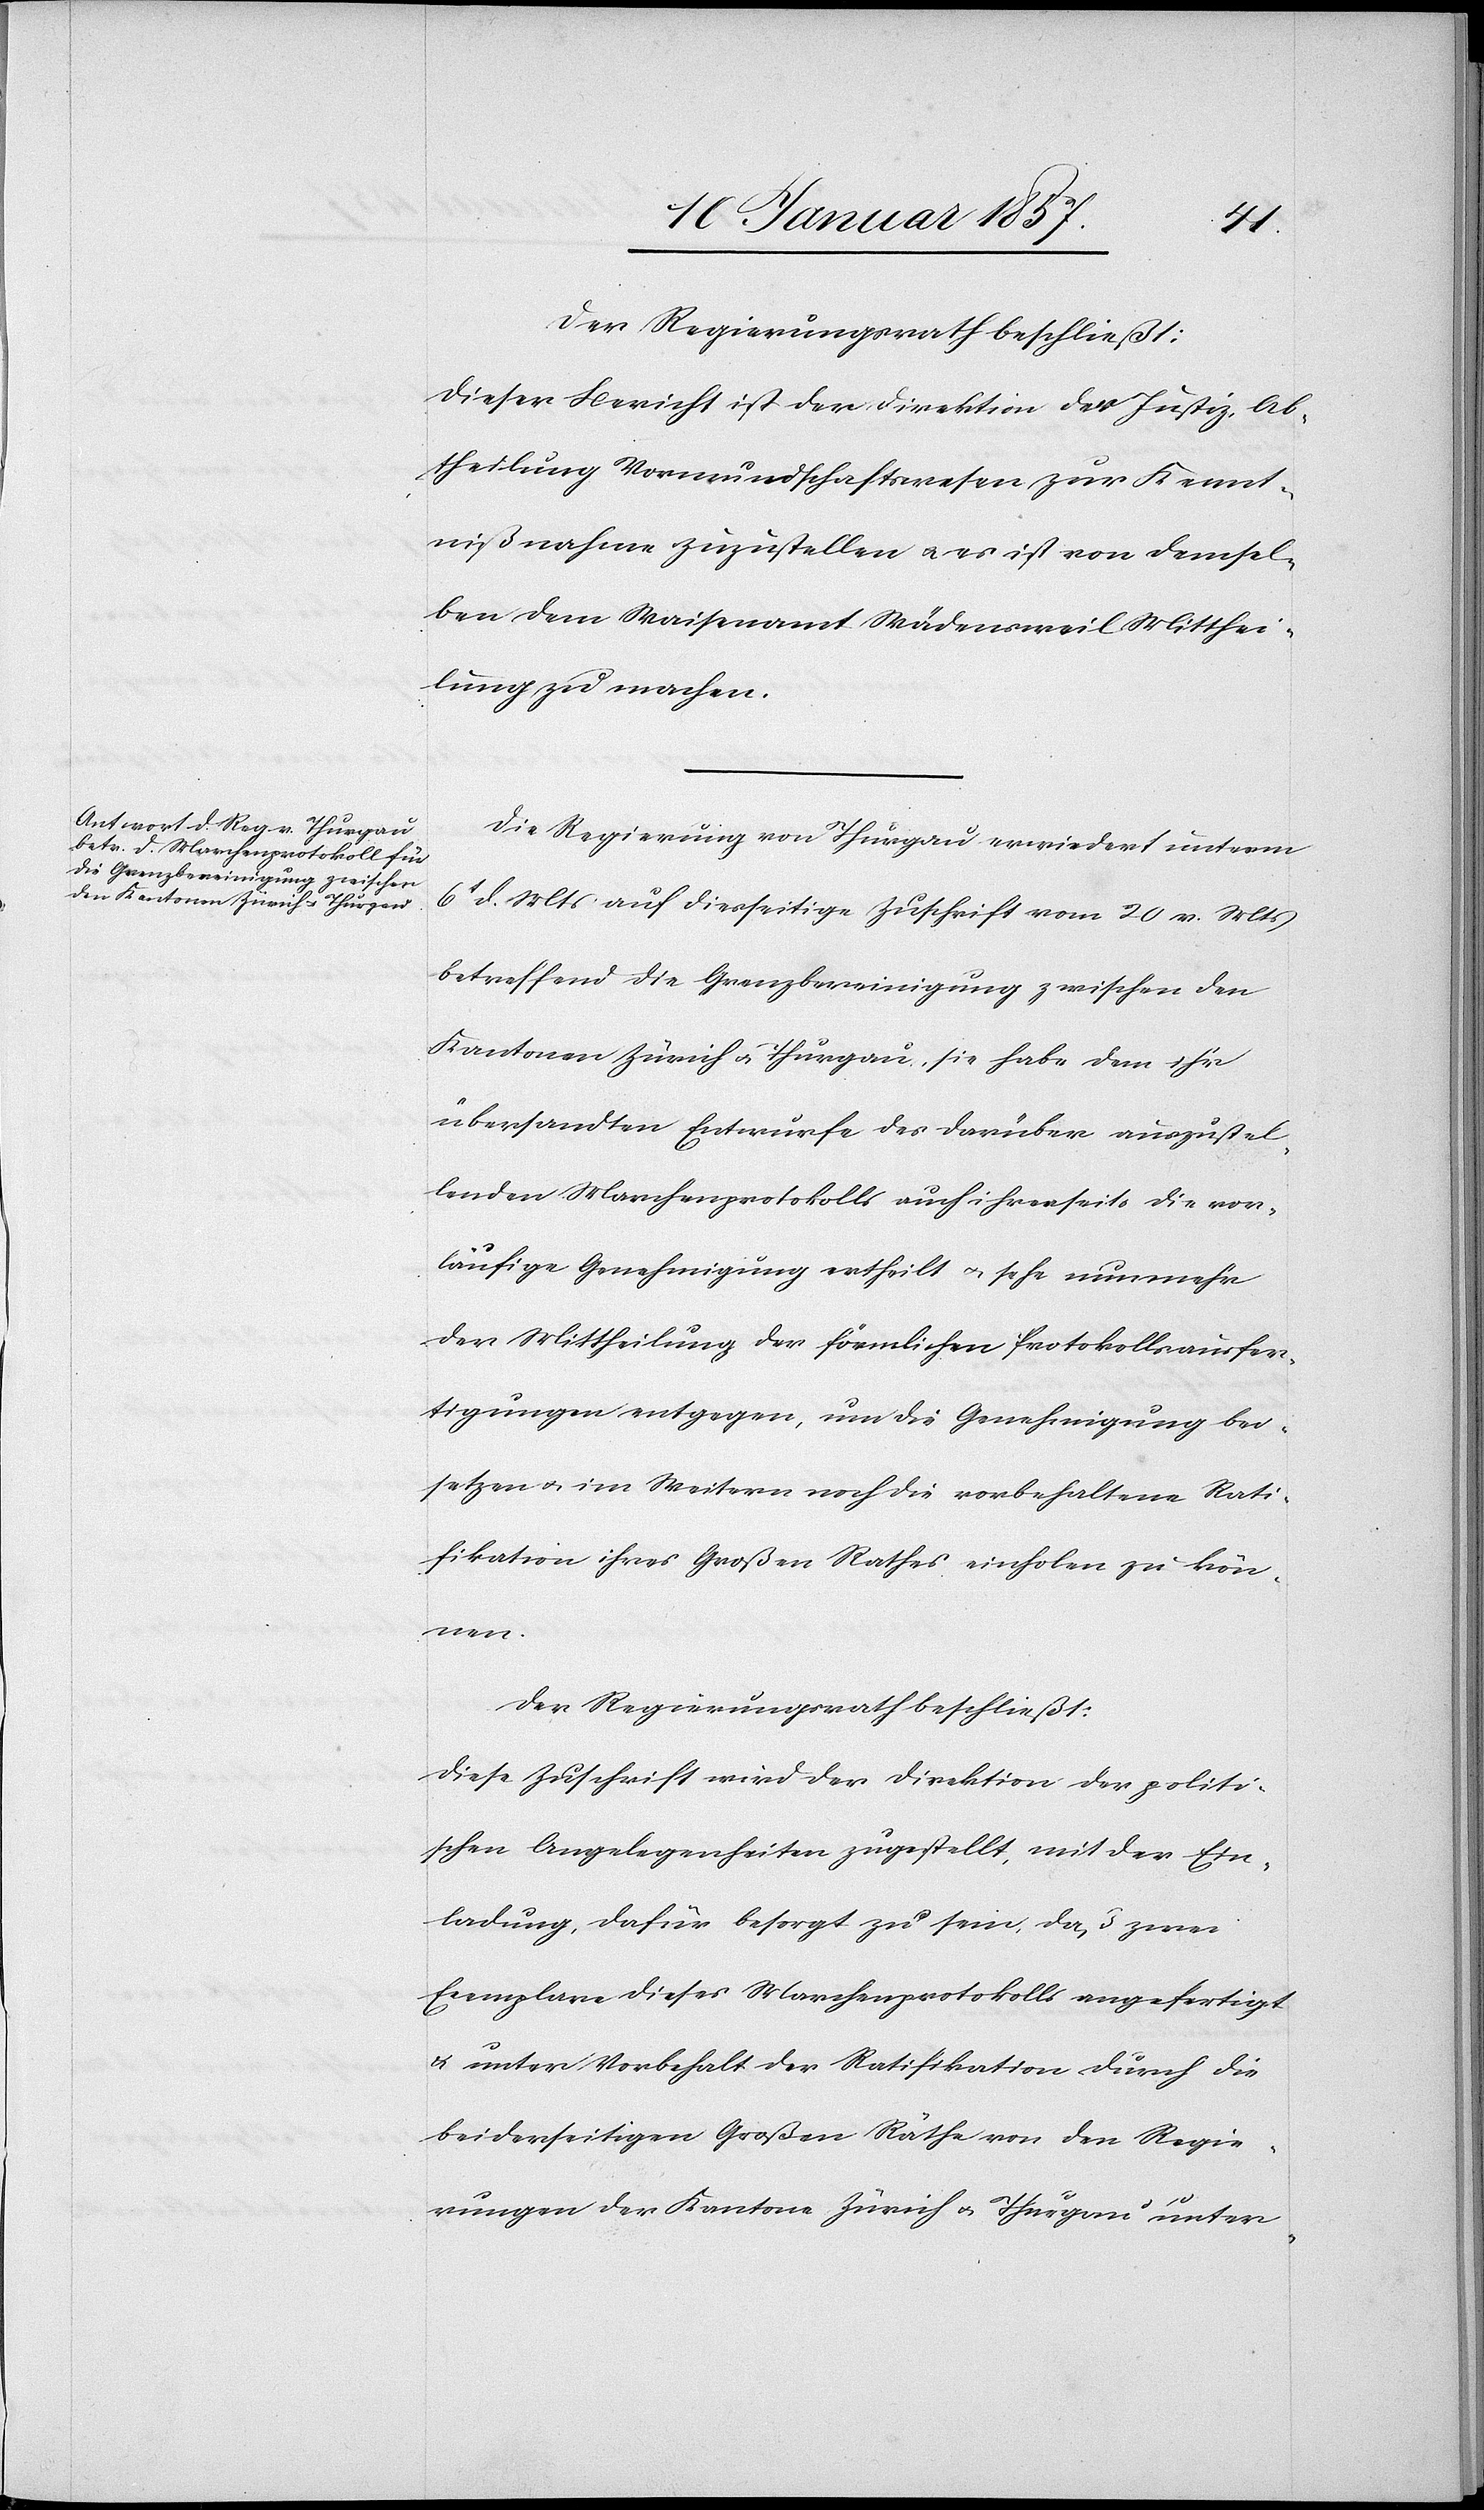
Der Regierungsrath beschließt:
Dieser Bericht ist der Direktion der Justiz, Ab¬
theilung Vormundschaftswesen zur Kennt¬
nißnahme zuzustellen u. es ist von demsel¬
ben dem Waisenamt Wädensweil Mitthei¬
lung zu machen.
Die Regierung von Thurgau erwiedert unterm
6t d. Mts auf diesseitige Zuschrift vom 20 v. Mts
betreffend die Grenzbereinigung zwischen den
Kantonen Zürich u. Thurgau, sie habe dem ihr
übersandten Entwurfe des darüber auszustel¬
lenden Marchenprotokolls auch ihrerseits die vor¬
läufige Genehmigung ertheilt u. sehe nunmehr
der Mittheilung der förmlichen Protokollsausfer¬
tigungen entgegen, um die Genehmigung bei¬
setzen & im Weitern noch die vorbehaltene Rati¬
fikation ihres Großen Rathes einholen zu könn¬
en.
Der Regierungsrath beschließt:
Diese Zuschrift wird der Direktion der politi¬
schen Angelegenheiten zugestellt, mit der Ein¬
ladung, dafür besorgt zu sein, daß zwei
Exemplare dieses Marchenprotokolls angefertigt
& unter Vorbehalt der Ratifikation durch die
beiderseitigen Großen Räthe von den Regie¬
rungen der Kantone Zürich u. Thurgau unter-